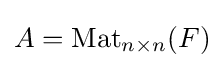
A=\operatorname {Mat} _{n\times n}(F)